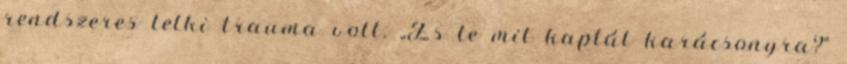
rendszeres lelki trauma volt. „És te mit kaptál karácsonyra?”